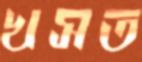
খসত